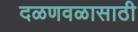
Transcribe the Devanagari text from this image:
दळणवळासाठी